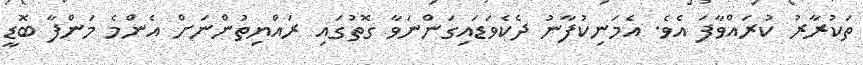
ތަކުރާރު ކުރައްވާފަ އެވެ. އެމަނިކުފާނު ދެކެވަޑައިގަންނަވާ ގޮތުގައި ރައްޔިތުންނަށް އެންމެ މަންފާ ބޮޑީ